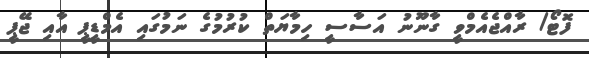
ފޮޓޯ/ ރާއްޖެއެމްވީ ގާނޫނު އަސާސީ ހިމާޔަތް ކުރުމުގެ ނަމުގައި އެމްޑީޕީ އާއި ޖޭޕީ